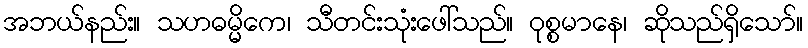
အဘယ်နည်း။ သဟဓမ္မိကေ၊ သီတင်းသုံးဖေါ်သည်။ ဝုစ္စမာနေ၊ ဆိုသည်ရှိသော်။